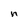
Character: n